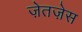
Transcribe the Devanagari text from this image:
ज़ेतज़ेस